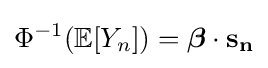
\Phi ^{-1}(\mathbb {E} [Y_{n}])={\boldsymbol {\beta }}\cdot \mathbf {s_{n}}